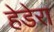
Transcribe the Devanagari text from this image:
हेडेरा